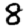
Digit: 8